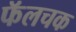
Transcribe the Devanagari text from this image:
फॅलचक